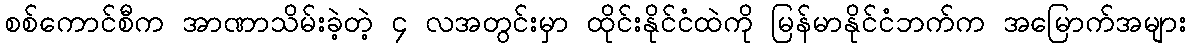
စစ်ကောင်စီက အာဏာသိမ်းခဲ့တဲ့ ၄ လအတွင်းမှာ ထိုင်းနိုင်ငံထဲကို မြန်မာနိုင်ငံဘက်က အမြောက်အများ